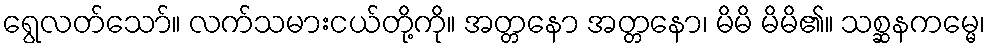
ရွေလတ်သော်။ လက်သမားငယ်တို့ကို။ အတ္တနော အတ္တနော၊ မိမိ မိမိ၏။ သစ္ဆနကမ္မေ၊